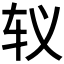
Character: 𰹵